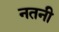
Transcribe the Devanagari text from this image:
नतनी